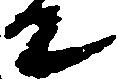
て